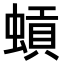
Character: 𫋐